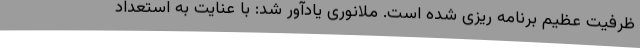
ظرفیت عظیم برنامه ریزی شده است. ملانوری یادآور شد: با عنایت به استعداد